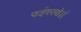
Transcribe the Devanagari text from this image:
फईबरबोर्ड